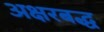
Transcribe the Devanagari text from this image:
अक्षरबद्ध